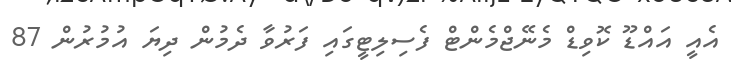
އެއީ އައްޑޫ ކޮވިޑް މެނޭޖްމެންޓް ފެސިލިޓީގައި ފަރުވާ ދެމުން ދިޔަ އުމުރުން 87